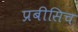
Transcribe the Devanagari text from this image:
प्रबीसिच